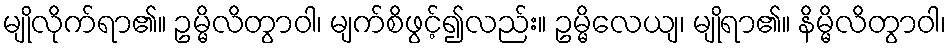
မျိုလိုက်ရာ၏။ ဥမ္မိလိတွာဝါ၊ မျက်စိဖွင့်၍လည်း။ ဥမ္မိလေယျ၊ မျိုရာ၏။ နိမ္မိလိတွာဝါ၊